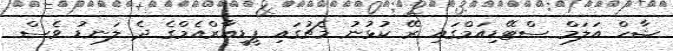
ޝާހް އަލަމް ސްޓޭޑިއަމްގައި ރޭ ކުޅުނު މެޗުގައި ޕީޑީއާރްއެމްގެ ދެ ލަނޑު ވެސް